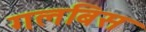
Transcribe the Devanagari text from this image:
गलबिस